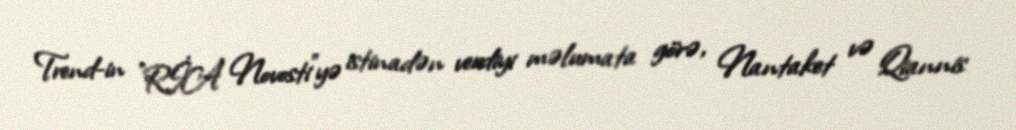
Trend-in "RİA Novosti"yə istinadən verdiyi məlumata görə, Nantaket və Qiannis